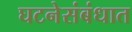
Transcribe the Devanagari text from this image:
घटनेसंबंधात